Document type: Emphyteutic lease
Year: 1281
Scribe: Pere Marquès
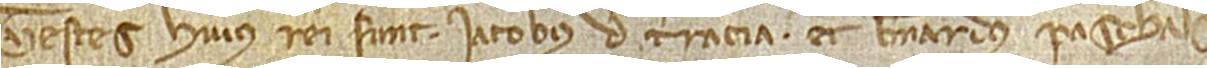
Testes huius rei sunt: Iacobus de Terracia et Bernardus Paschalis.